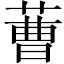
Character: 蓸